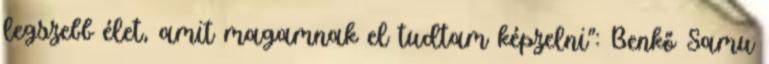
legszebb élet, amit magamnak el tudtam képzelni”: Benkő Samu